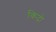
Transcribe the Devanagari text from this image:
किदो